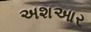
અશઆર